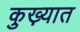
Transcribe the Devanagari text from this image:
कुख़्यात